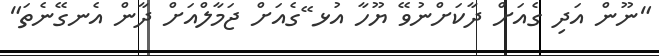
"ނޫން އަދި ގެއަށް ދާކަށްނުވޭ ޔޫހާ އުޅ ޭގެއަށް ޖަމާލްއަށް ދާން އެނގޭނެތަ"